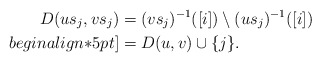
\begin{align*}D(us_j,vs_j)&=(vs_j)^{-1}([i])\setminus (us_j)^{-1}([i])\\begin{align*}5pt]&=D(u,v)\cup \{j\}.\end{align*}